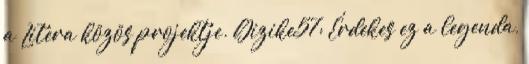
a Litera közös projektje. Gizike57: Érdekes ez a legenda,